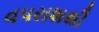
વપરાશથી